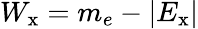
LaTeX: W_{\textrm{x}}=m_{e}-\left|E_{\textrm{x}}\right|